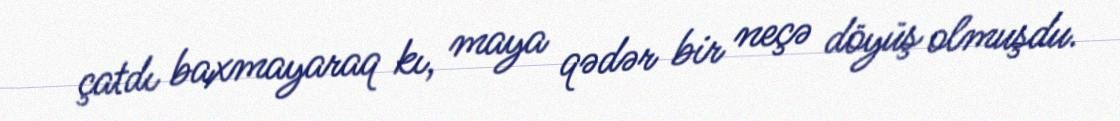
çatdı baxmayaraq kı, maya qədər bir neçə döyüş olmuşdu.